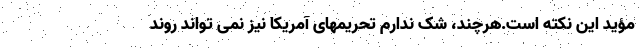
مؤید این نکته است.هرچند، شک ندارم تحریمهای آمریکا نیز نمى تواند روند